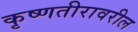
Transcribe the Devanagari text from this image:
कृष्णतीरावरील